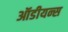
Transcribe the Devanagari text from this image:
ऑडीयन्स